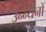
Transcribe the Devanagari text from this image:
उन्न्यनों